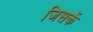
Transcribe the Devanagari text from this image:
जिसकें